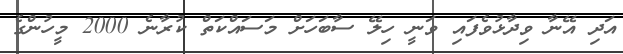
އަދި އޭނާ ވިދާޅުވެފައި ވަނީ ހިލޭ ސާބަހަށް މަސައްކަތް ކުރާނެ 2000 މީހުންގެ